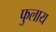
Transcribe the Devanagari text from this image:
फुलाय